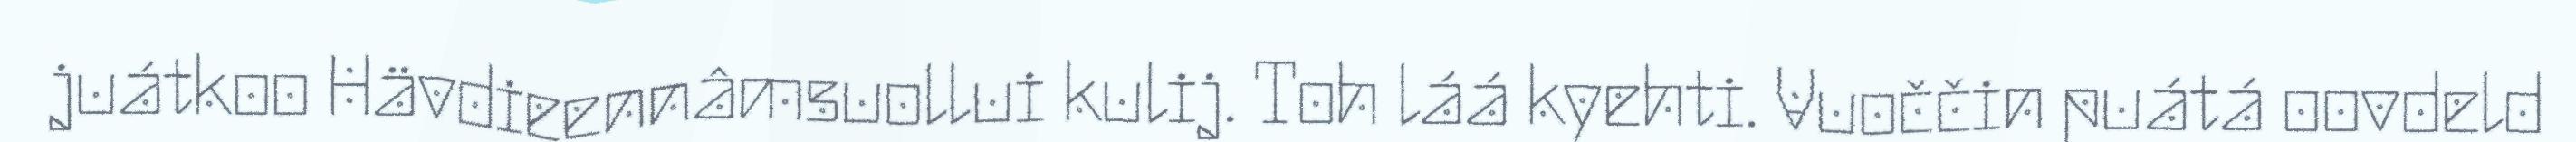
juátkoo Hävdieennâmsuollui kulij. Toh láá kyehti. Vuoččin puátá oovdeld